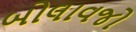
બોલાવજો